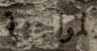
لمواجهة